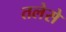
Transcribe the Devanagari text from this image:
तलेसे